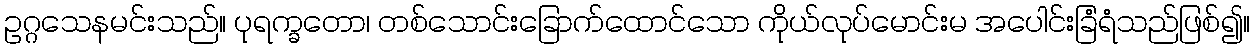
ဥဂ္ဂသေနမင်းသည်။ ပုရက္ခတော၊ တစ်သောင်းခြောက်ထောင်သော ကိုယ်လုပ်မောင်းမ အပေါင်းခြံရံသည်ဖြစ်၍။